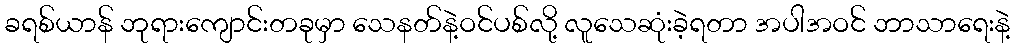
ခရစ်ယာန် ဘုရားကျောင်းတခုမှာ သေနတ်နဲ့ဝင်ပစ်လို့ လူသေဆုံးခဲ့ရတာ အပါအဝင် ဘာသာရေးနဲ့